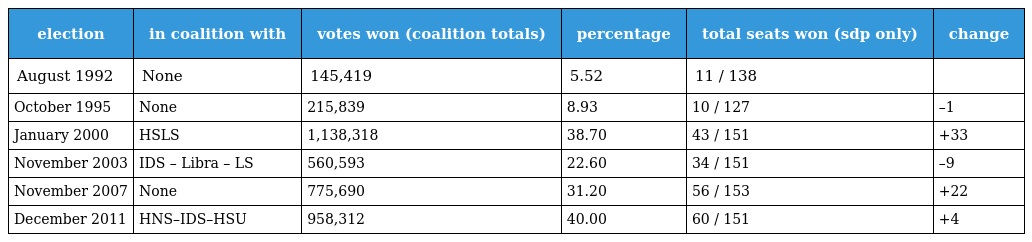
| election | in coalition with | votes won (coalition totals) | percentage | total seats won (sdp only) | change |
 | --- | --- | --- | --- | --- | --- |
 | August 1992 | None | 145,419 | 5.52 | 11 / 138 |  |
 | October 1995 | None | 215,839 | 8.93 | 10 / 127 | –1 |
 | January 2000 | HSLS | 1,138,318 | 38.70 | 43 / 151 | +33 |
 | November 2003 | IDS – Libra – LS | 560,593 | 22.60 | 34 / 151 | –9 |
 | November 2007 | None | 775,690 | 31.20 | 56 / 153 | +22 |
 | December 2011 | HNS–IDS–HSU | 958,312 | 40.00 | 60 / 151 | +4 |